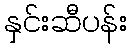
နှင်းဆီပန်း